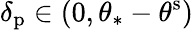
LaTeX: \delta_{\mathrm{p}}\in(0,\theta_{\ast}-\theta^{\mathrm{s}})